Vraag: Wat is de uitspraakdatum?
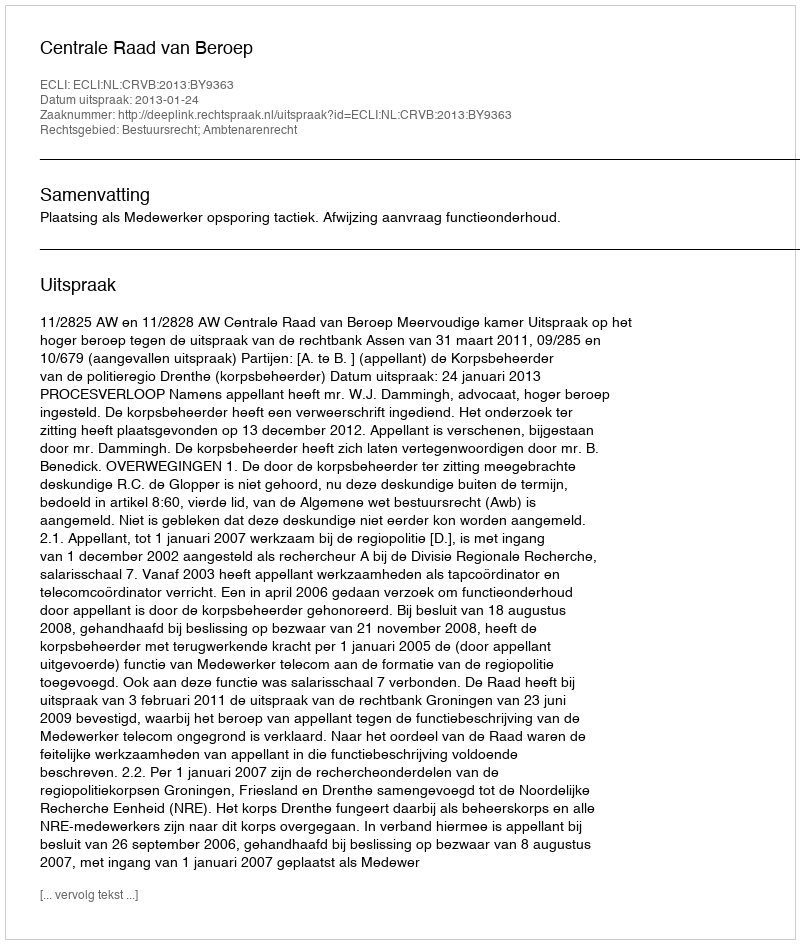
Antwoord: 2013-01-24